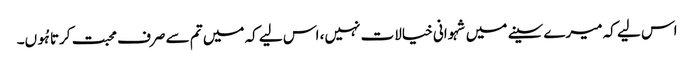
اس لیے کہ میرے سینے میں شہوانی خیالات نہیں، اس لیے کہ میں تم سے صرف محبت کرتا ہُوں۔